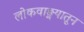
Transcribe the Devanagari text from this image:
लोकवाङ्मयातून